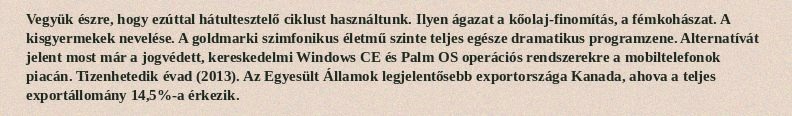
Vegyük észre, hogy ezúttal hátultesztelő ciklust használtunk. Ilyen ágazat a kőolaj-finomítás, a fémkohászat. A kisgyermekek nevelése. A goldmarki szimfonikus életmű szinte teljes egésze dramatikus programzene. Alternatívát jelent most már a jogvédett, kereskedelmi Windows CE és Palm OS operációs rendszerekre a mobiltelefonok piacán. Tizenhetedik évad (2013). Az Egyesült Államok legjelentősebb exportországa Kanada, ahova a teljes exportállomány 14,5%-a érkezik.